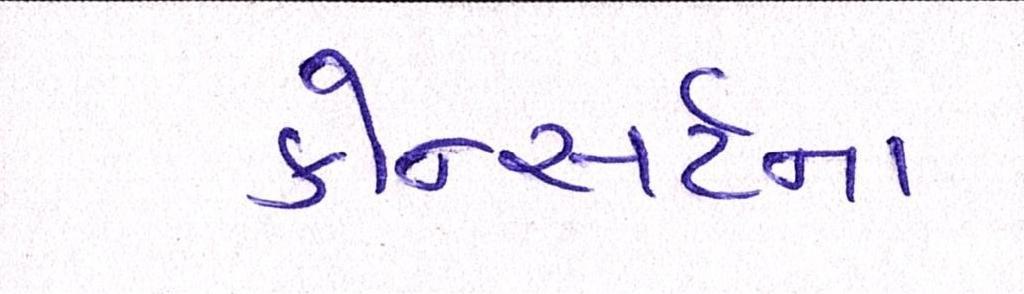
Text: કોન્સર્ટના